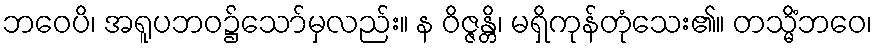
ဘဝေပိ၊ အရူပဘဝ၌သော်မှလည်း။ န ဝိဇ္ဇန္တိ၊ မရှိကုန်တုံသေး၏။ တသ္မိံဘဝေ၊